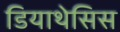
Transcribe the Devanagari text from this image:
डियाथेसिस